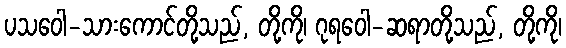
ပသဝေါ-သားကောင်တို့သည်, တို့ကို၊ ဂုရဝေါ-ဆရာတို့သည်, တို့ကို၊